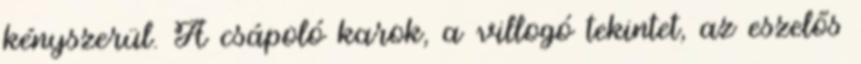
kényszerül. A csápoló karok, a villogó tekintet, az eszelős